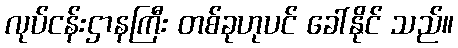
လုပ်ငန်းဌာနကြီး တစ်ခုဟုပင် ခေါ်နိုင် သည်။